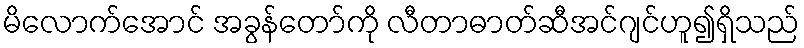
မိလောက်အောင် အခွန်တော်ကို လီတာဓာတ်ဆီအင်ဂျင်ဟူ၍ရှိသည်